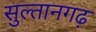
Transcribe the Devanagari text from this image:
सुल्तानगढ़